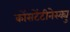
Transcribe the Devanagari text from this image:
कोंसटेंटीनेस्क्यु